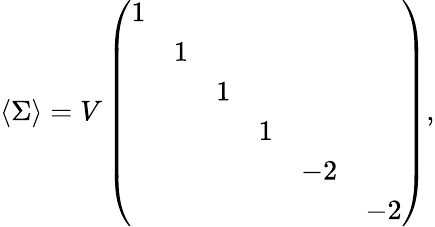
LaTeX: \langle\Sigma\rangle=V\left(\begin{array}{cccccc}{{1}}&{{}}&{{}}&{{}}&{{}}&{{}}\\ {{}}&{{1}}&{{}}&{{}}&{{}}&{{}}\\ {{}}&{{}}&{{1}}&{{}}&{{}}&{{}}\\ {{}}&{{}}&{{}}&{{1}}&{{}}&{{}}\\ {{}}&{{}}&{{}}&{{}}&{{-2}}&{{}}\\ {{}}&{{}}&{{}}&{{}}&{{}}&{{-2}}\end{array}\right),